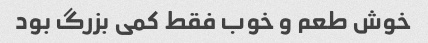
خوش طعم و خوب فقط کمی بزرگ بود